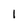
Character: 1